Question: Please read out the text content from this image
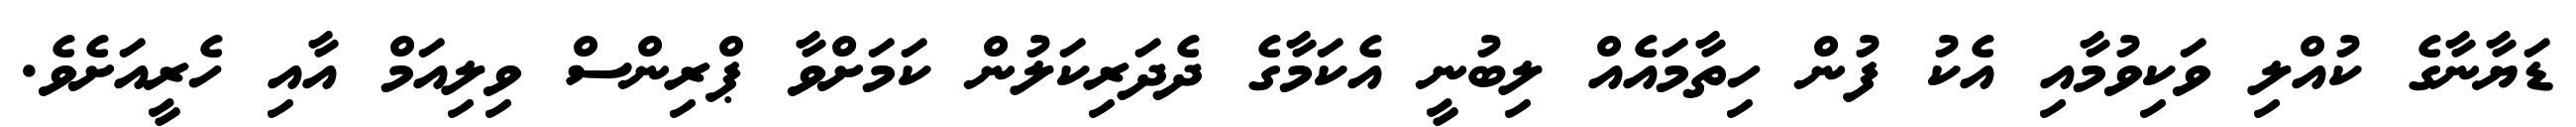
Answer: ޑަޔާނާގެ ކުއްލި ވަކިވުމާއި އެކު ފުން ހިތާމައެއް ލިބުނީ އެކަމާގެ ދެދަރިކަލުން ކަމަށްވާ ޕްރިންސް ވިލިއަމް އާއި ހެރީއަށެވެ.